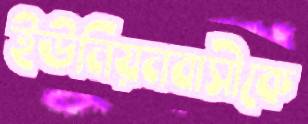
ইউনিয়নবাসীকে